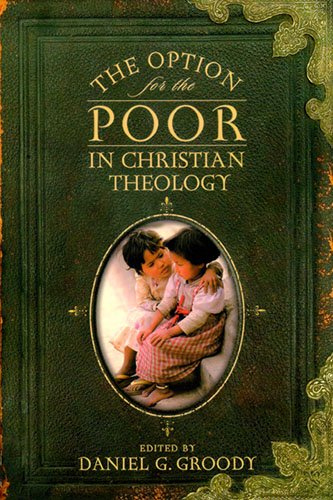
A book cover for The Option for the Poor in Christian Theology; Christian Books & Bibles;